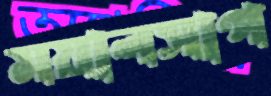
ময়ালসাপ